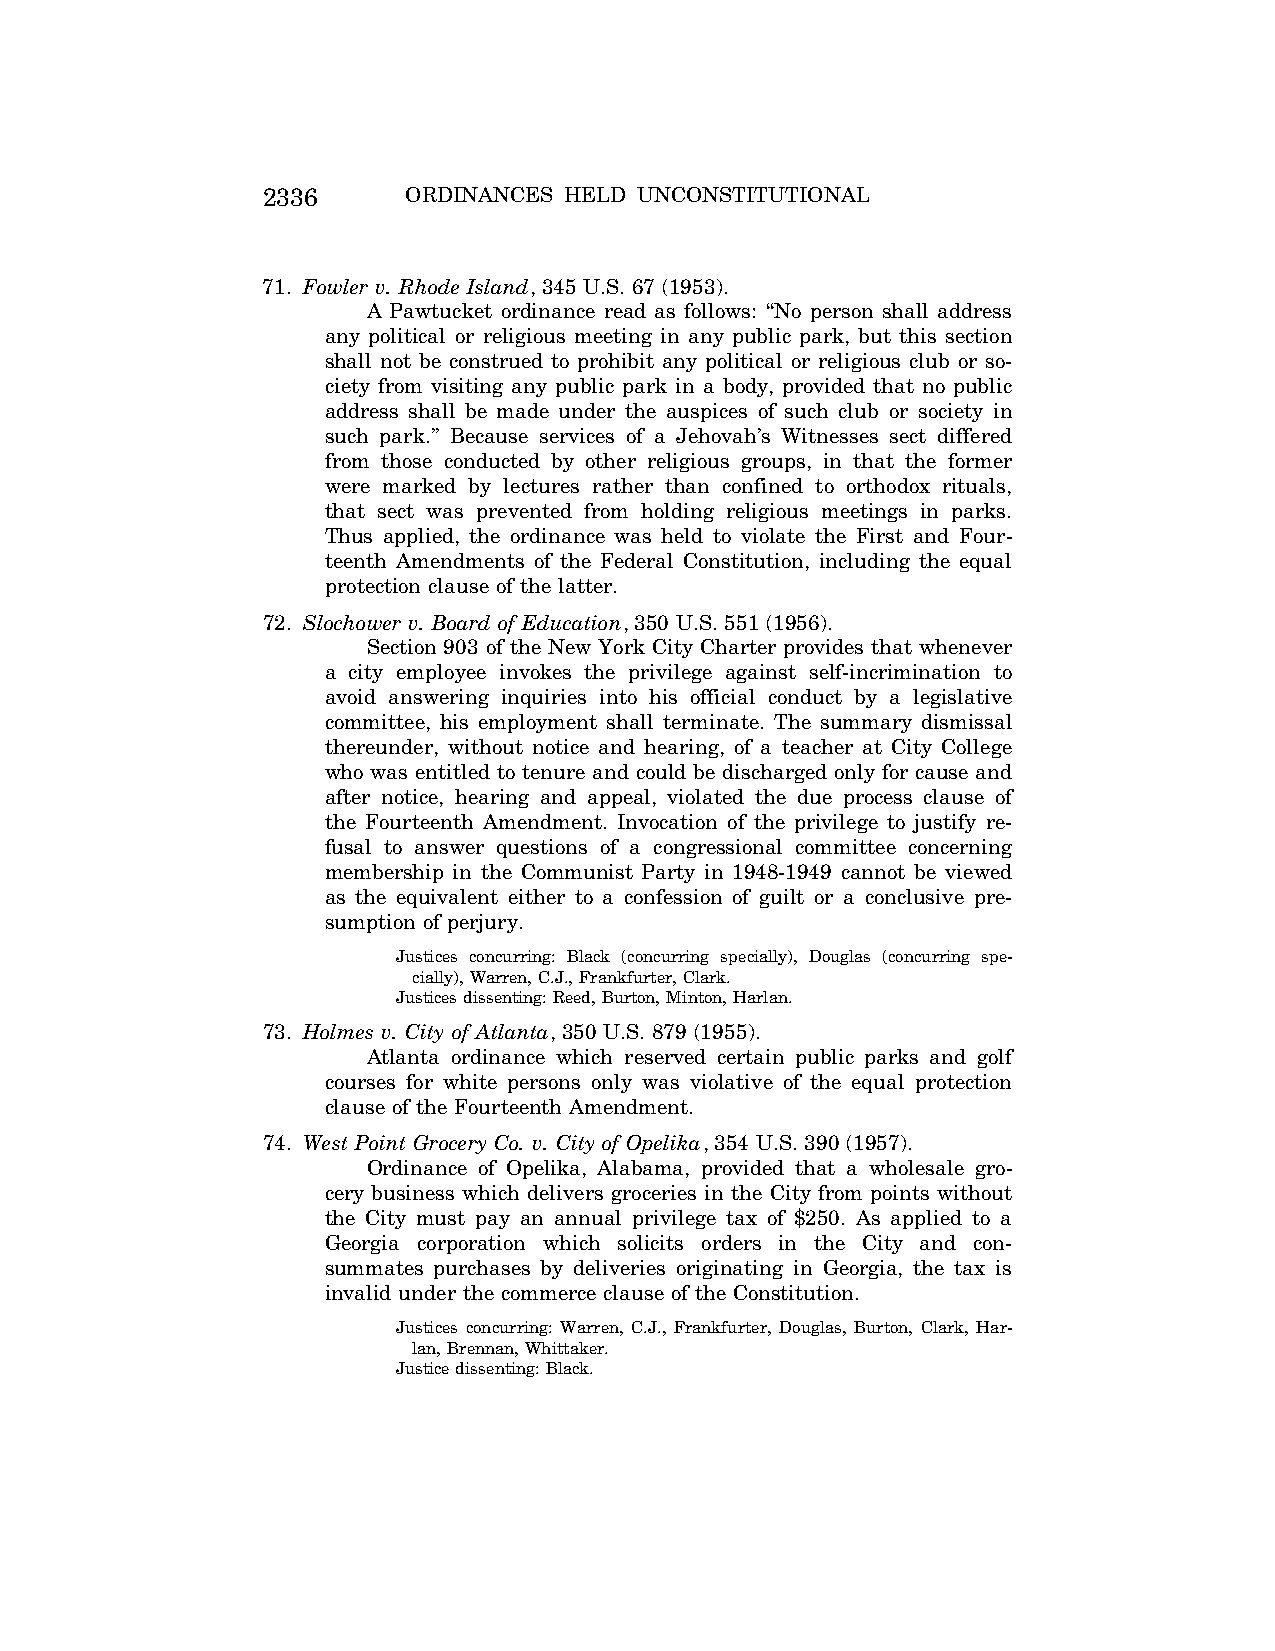
2336      ORDINANCES HELD UNCONSTITUTIONAL
 71. Fowler v. Rhode Island, 345 U.S. 67 (1953).
 A Pawtucket ordinance read as follows: ‘‘No person shall address
 any political or religious meeting in any public park, but this section
 shall not be construed to prohibit any political or religious club or so-
 ciety from visiting any public park in a body, provided that no public
 address shall be made under the auspices of such club or society in
 such park.’’ Because services of a Jehovah’s Witnesses sect differed
 from those conducted by other religious groups, in that the former
 were marked by lectures rather than confined to orthodox rituals,
 that sect was prevented from holding religious meetings in parks.
 Thus applied, the ordinance was held to violate the First and Four-
 teenth Amendments of the Federal Constitution, including the equal
 protection clause of the latter.
 72. Slochower v. Board of Education, 350 U.S. 551 (1956).
 Section 903 of the New York City Charter provides that whenever
 a city employee invokes the privilege against self-incrimination to
 avoid answering inquiries into his official conduct by a legislative
 committee, his employment shall terminate. The summary dismissal
 thereunder, without notice and hearing, of a teacher at City College
 who was entitled to tenure and could be discharged only for cause and
 after notice, hearing and appeal, violated the due process clause of
 the Fourteenth Amendment. Invocation of the privilege to justify re-
 fusal to answer questions of a congressional committee concerning
 membership in the Communist Party in 1948-1949 cannot be viewed
 as the equivalent either to a confession of guilt or a conclusive pre-
 sumption of perjury.
 Justices concurring: Black (concurring specially), Douglas (concurring spe-
 cially), Warren, C.J., Frankfurter, Clark.
 Justices dissenting: Reed, Burton, Minton, Harlan.
 73. Holmes v. City of Atlanta, 350 U.S. 879 (1955).
 Atlanta ordinance which reserved certain public parks and golf
 courses for white persons only was violative of the equal protection
 clause of the Fourteenth Amendment.
 74. West Point Grocery Co. v. City of Opelika, 354 U.S. 390 (1957).
 Ordinance of Opelika, Alabama, provided that a wholesale gro-
 cery business which delivers groceries in the City from points without
 the City must pay an annual privilege tax of $250. As applied to a
 Georgia corporation which solicits orders in the City and con-
 summates purchases by deliveries originating in Georgia, the tax is
 invalid under the commerce clause of the Constitution.
 Justices concurring: Warren, C.J., Frankfurter, Douglas, Burton, Clark, Har-
 lan, Brennan, Whittaker.
 Justice dissenting: Black.
 VerDate Aug<04>2004 12:58 Aug 23, 2004 Jkt 077500 PO 00000 Frm 00013 Fmt 8222 Sfmt 8222 C:\CONAN\CON065.SGM PRFM99 PsN: CON065